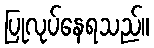
ပြုလုပ်နေရသည်။